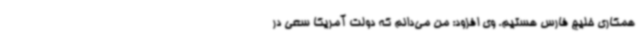
همکاری خلیج فارس هستیم. وی افزود: من می‌دانم که دولت آمریکا سعی در